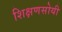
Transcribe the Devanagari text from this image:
शिक्षणसोयी